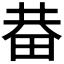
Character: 𤱺